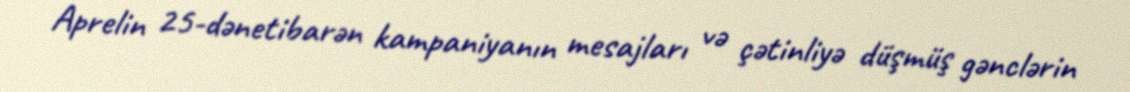
Aprelin 25-dənetibarən kampaniyanın mesajları və çətinliyə düşmüş gənclərin